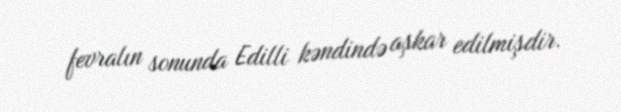
fevralın sonunda Edilli kəndində aşkar edilmişdir.